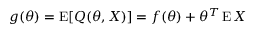
g ( \theta ) = \operatorname { E } [ Q ( \theta , X ) ] = f ( \theta ) + \theta ^ { T } \operatorname { E } X